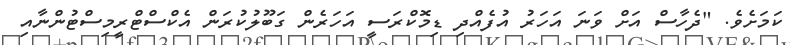
ކަމަށެވެ. "ދެހާސް އަށް ވަނަ އަހަރު އުފެެއްދި ޑިމޮކްރަސީ އަހަރެން ގަބޫލުކުރަން އެކްސްޓްރީމިސްޓުންނާއި